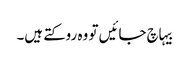
بیہاچ جائیں تو وہ روکتے ہیں۔